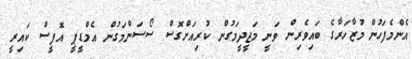
އެންމެފަހުން މުޒާހަރާގެ ބައިވެރިން ވަނީ މަޖީދީމަގުން ކުރިއަށްގޮސް ސޯސަންމަގުން އެމްޑީޕީ އޮފީސް ކައިރީ